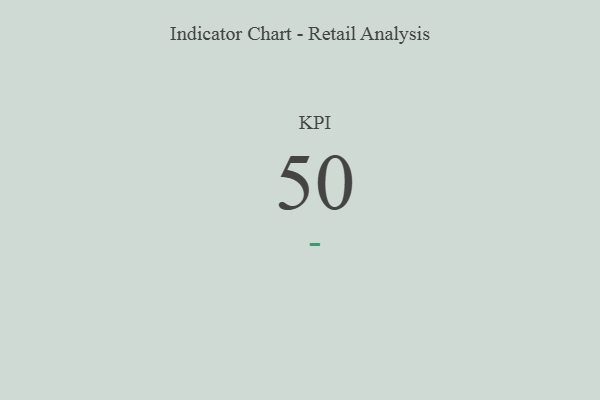
{"axis": {"x": "KPI", "y": "Value"}, "legend": [""], "data": [{"x": "KPI", "y": 50, "type": ""}]}